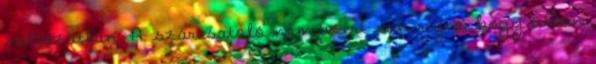
változatban. A szárcsatoló nem azért van rajta, hogy útban